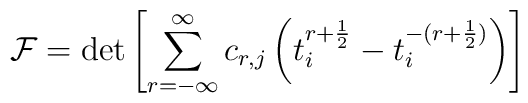
{\cal F} = \det \left[ \sum_{r=-{\infty}}^{\infty}c_{r,j}\left(t_{i}^{r+\frac{1}{2}} - t_{i}^{-(r+\frac{1}{2})}\right)\right]